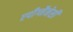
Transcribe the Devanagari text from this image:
एपीग्नैनेसी